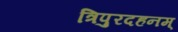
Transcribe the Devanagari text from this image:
त्रिपुरदहनम्